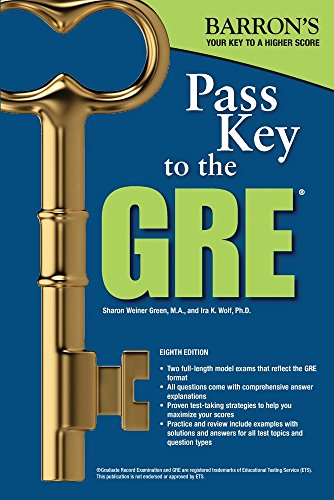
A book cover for Pass Key to the GRE, 8th Edition (Barron's Pass Key to the Gre); Sharon Weiner Green M.A.; Test Preparation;